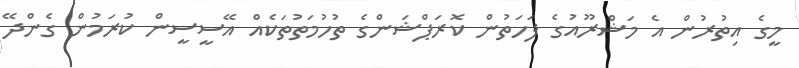
މީގެ އިތުރުން އެ މަޝްރޫއުގެ ފަހަތުން ކޮރަޕްޝަންގެ ތުހުމަތުތަކެއް އޭސީސީން ކުރަމުން ގެންދޭ